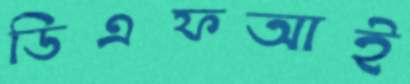
ডিএফআই